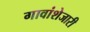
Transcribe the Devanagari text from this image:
गावांशेजारी